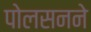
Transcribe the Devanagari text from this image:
पोलसनने